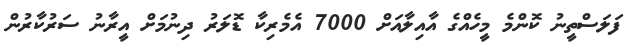
ފަލަސްތީނު ކޮންމެ މީހެއްގެ އާއިލާއަށް 7000 އެމެރިކާ ޑޮލަރު ދިނުމަށް އީރާނު ސަރުކާރުން